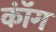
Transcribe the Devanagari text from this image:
कॉंग